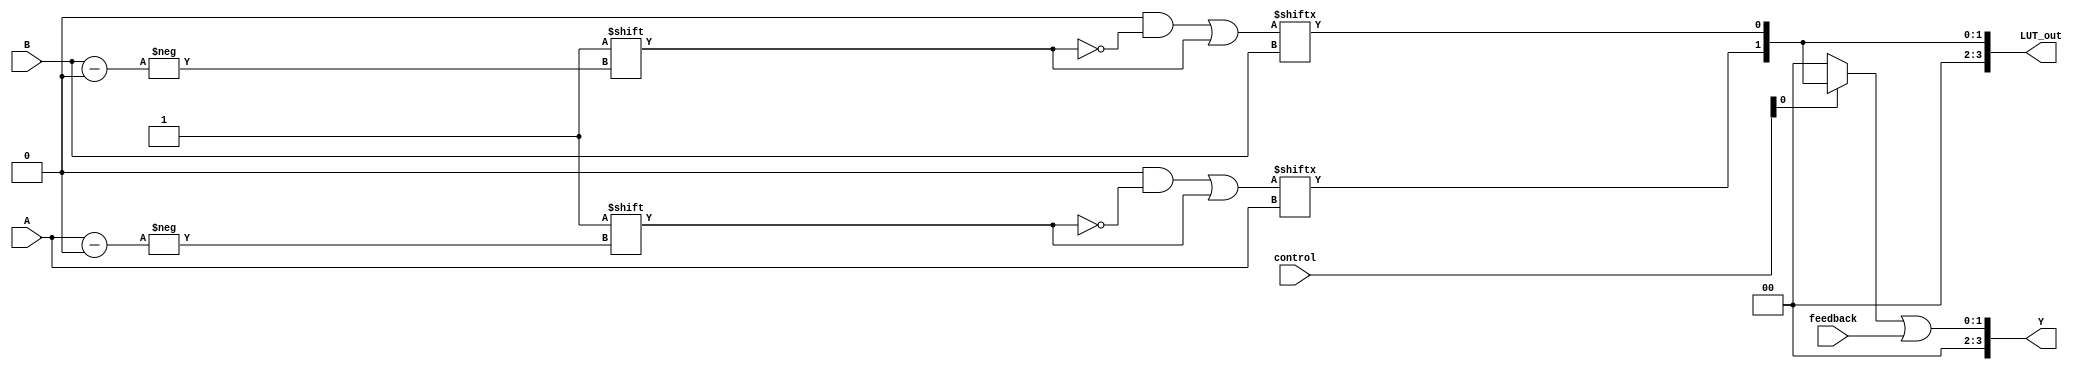
module combinational_logic_block (
    input wire [3:0] A,          // 4-bit input signals
    input wire [3:0] B,          // 4-bit input signals
    input wire [3:0] control,     // Control signals
    input wire feedback,          // Feedback signal
    output wire [3:0] Y,          // 4-bit output signals
    output wire [3:0] LUT_out     // Outputs from LUTs
);

// Look-Up Tables (LUTs)
reg [15:0] LUT1; // 4-input LUT
reg [15:0] LUT2; // 4-input LUT

// LUT configuration (example truth tables)
always @(*) begin
    // Example configuration for LUT1 (AND function)
    LUT1 = 16'b0000000000000000; // Initialize LUT1
    LUT1[{A[3], A[2], A[1], A[0]}] = 1; // Set LUT1 for some logic function

    // Example configuration for LUT2 (OR function)
    LUT2 = 16'b0000000000000000; // Initialize LUT2
    LUT2[{B[3], B[2], B[1], B[0]}] = 1; // Set LUT2 for some logic function
end

// Multiplexers to select outputs from LUTs based on control signals
wire [3:0] mux_out;
assign mux_out = control[0] ? LUT_out : 4'b0000; // Example multiplexer logic

// Output logic (including feedback)
assign Y = mux_out | {3'b000, feedback}; // Example output logic with feedback

// Output from LUTs
assign LUT_out = {LUT1[{A[3], A[2], A[1], A[0]}], LUT2[{B[3], B[2], B[1], B[0]}]};

// Feedback path (example)
always @(*) begin
    // Logic to handle feedback, if needed
    // This can be used to modify the LUT inputs or outputs
end

endmodule